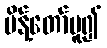
မိန့်တော်မူ၍